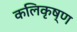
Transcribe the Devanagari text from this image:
कलिकृष्ण